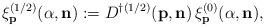
LaTeX: \begin{align*}\xi^{(1/2)}_{\bf p}(\alpha,{\bf n}):= D^{\dagger(1/2)}({\bf p},{\bf n})\,\xi^{(0)}_{\bf p}(\alpha,{\bf n}),\end{align*}